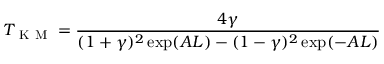
T _ { \mathrm { ~ K ~ M ~ } } = \frac { 4 \gamma } { ( 1 + \gamma ) ^ { 2 } \exp ( A L ) - ( 1 - \gamma ) ^ { 2 } \exp ( - A L ) }